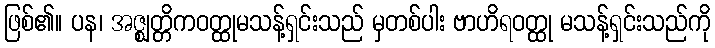
ဖြစ်၏။ ပန၊ အဇ္ဈတ္တိကဝတ္ထုမသန့်ရှင်းသည် မှတစ်ပါး ဗာဟိရဝတ္ထု မသန့်ရှင်းသည်ကို